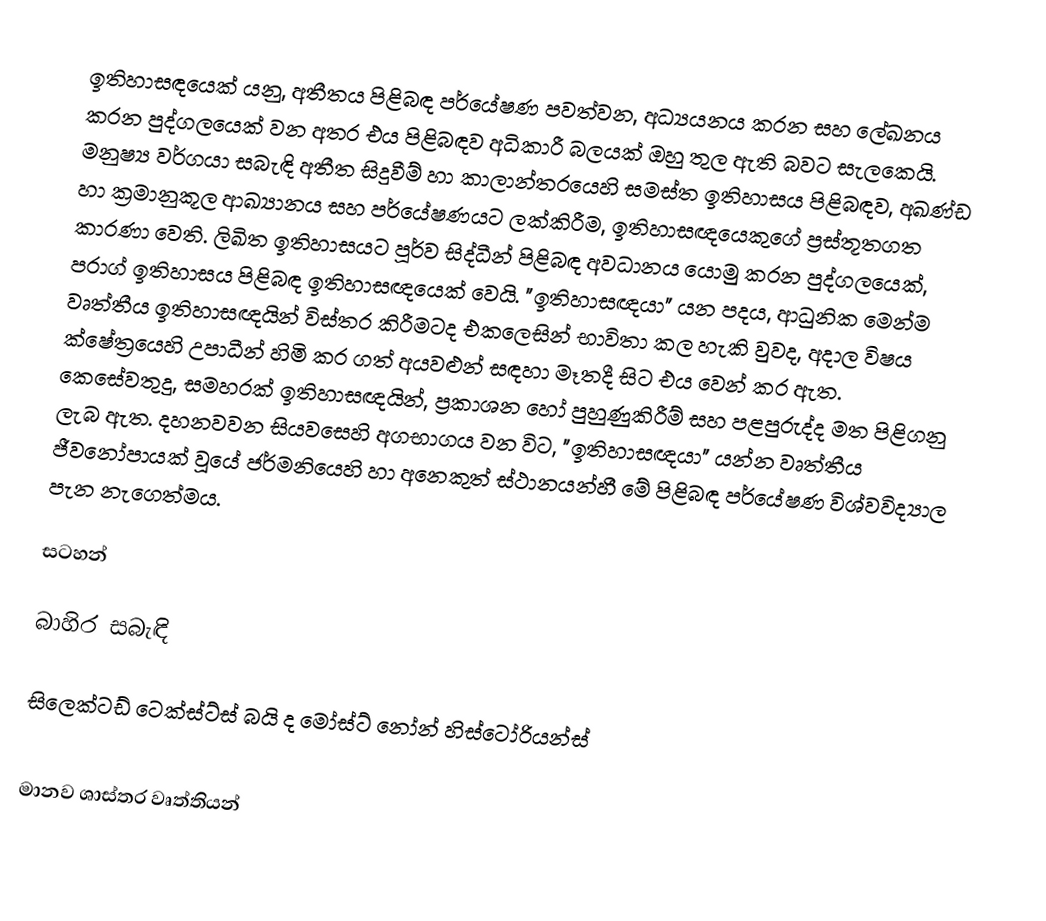
ඉතිහාසඳයෙක් යනු, අතීතය පිළිබඳ පර්යේෂණ පවත්වන, අධ්‍යයනය කරන සහ ලේඛනය කරන පුද්ගලයෙක් වන අතර එය පිළිබඳව අධිකාරී බලයක් ඔහු තුල ඇති බවට සැලකෙයි.  මනුෂ්‍ය වර්ගයා සබැඳි අතීත සිදුවීම් හා කාලාන්තරයෙහි සමස්ත ඉතිහාසය පිළිබඳව, අඛණ්ඩ හා ක්‍රමානුකූල ආඛ්‍යානය සහ පර්යේෂණයට ලක්කිරීම, ඉතිහාසඥයෙකුගේ ප්‍රස්තූතගත කාරණා වෙති. ලිඛිත ඉතිහාසයට පූර්ව සිද්ධීන් පිළිබඳ අවධානය යොමු කරන පුද්ගලයෙක්, ප‍්‍රාග් ඉතිහාසය පිළිබඳ ඉතිහාසඥයෙක් වෙයි. "ඉතිහාසඥයා" යන පදය, ආධුනික මෙන්ම වෘත්තීය ඉතිහාසඥයින් විස්තර කිරීමටද එකලෙසින් භාවිතා කල හැකි වුවද, අදාල විෂය ක්ෂේත්‍රයෙහි   උපාධීන් හිමි කර ගත් අයවළුන් සඳහා මෑතදී සිට එය වෙන් කර ඇත.  කෙසේවතුදු, සමහරක් ඉතිහාසඥයින්, ප්‍රකාශන හෝ පුහුණුකිරීම් සහ පළපුරුද්ද මත පිළිගනු ලැබ ඇත.  දහනවවන සියවසෙහි අගභාගය වන විට, "ඉතිහාසඥයා" යන්න වෘත්තීය ජීවනෝපායක් වූයේ ජර්මනියෙහි හා අනෙකුත් ස්ථානයන්හී මේ පිළිබඳ පර්යේෂණ විශ්වවිද්‍යාල පැන නැගෙත්මය.

සටහන්

බාහිර සබැඳි

සිලෙක්ටඩ් ටෙක්ස්ට්ස් බයි ද මෝස්ට් නෝන් හිස්ටෝරියන්ස්

 මානව ශාස්ත‍්‍ර වෘත්තියන්